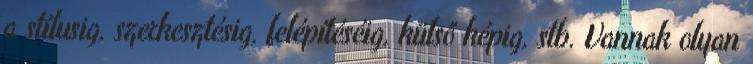
a stílusig, szerkesztésig, felépítéséig, külső képig, stb. Vannak olyan